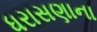
ધરાસણાના